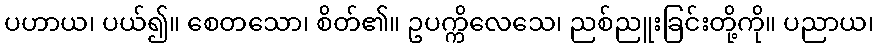
ပဟာယ၊ ပယ်၍။ စေတသော၊ စိတ်၏။ ဥပက္ကိလေသေ၊ ညစ်ညူးခြင်းတို့ကို။ ပညာယ၊